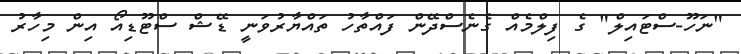
"ނަހޫ-ސްޓައިލް" ގެ ފިލްމެއް ގެނެސްދޭން ފައްތާހު ތައްޔާރުވަނީ ޑޭޝް ސްޓޫޑިއޯ އިން މިހާރު